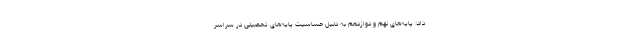
داد: پایه‌های نهم و دوازدهم به دلیل حساسیت پایه‌های تحصیلی در سراسر